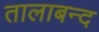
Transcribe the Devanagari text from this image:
तालाबन्द